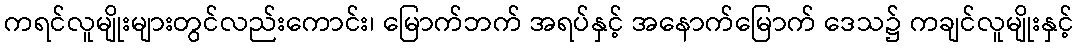
ကရင်လူမျိုးများတွင်လည်းကောင်း၊ မြောက်ဘက် အရပ်နှင့် အနောက်မြောက် ဒေသ၌ ကချင်လူမျိုးနှင့်